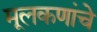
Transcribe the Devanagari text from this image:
मूलकणांचे